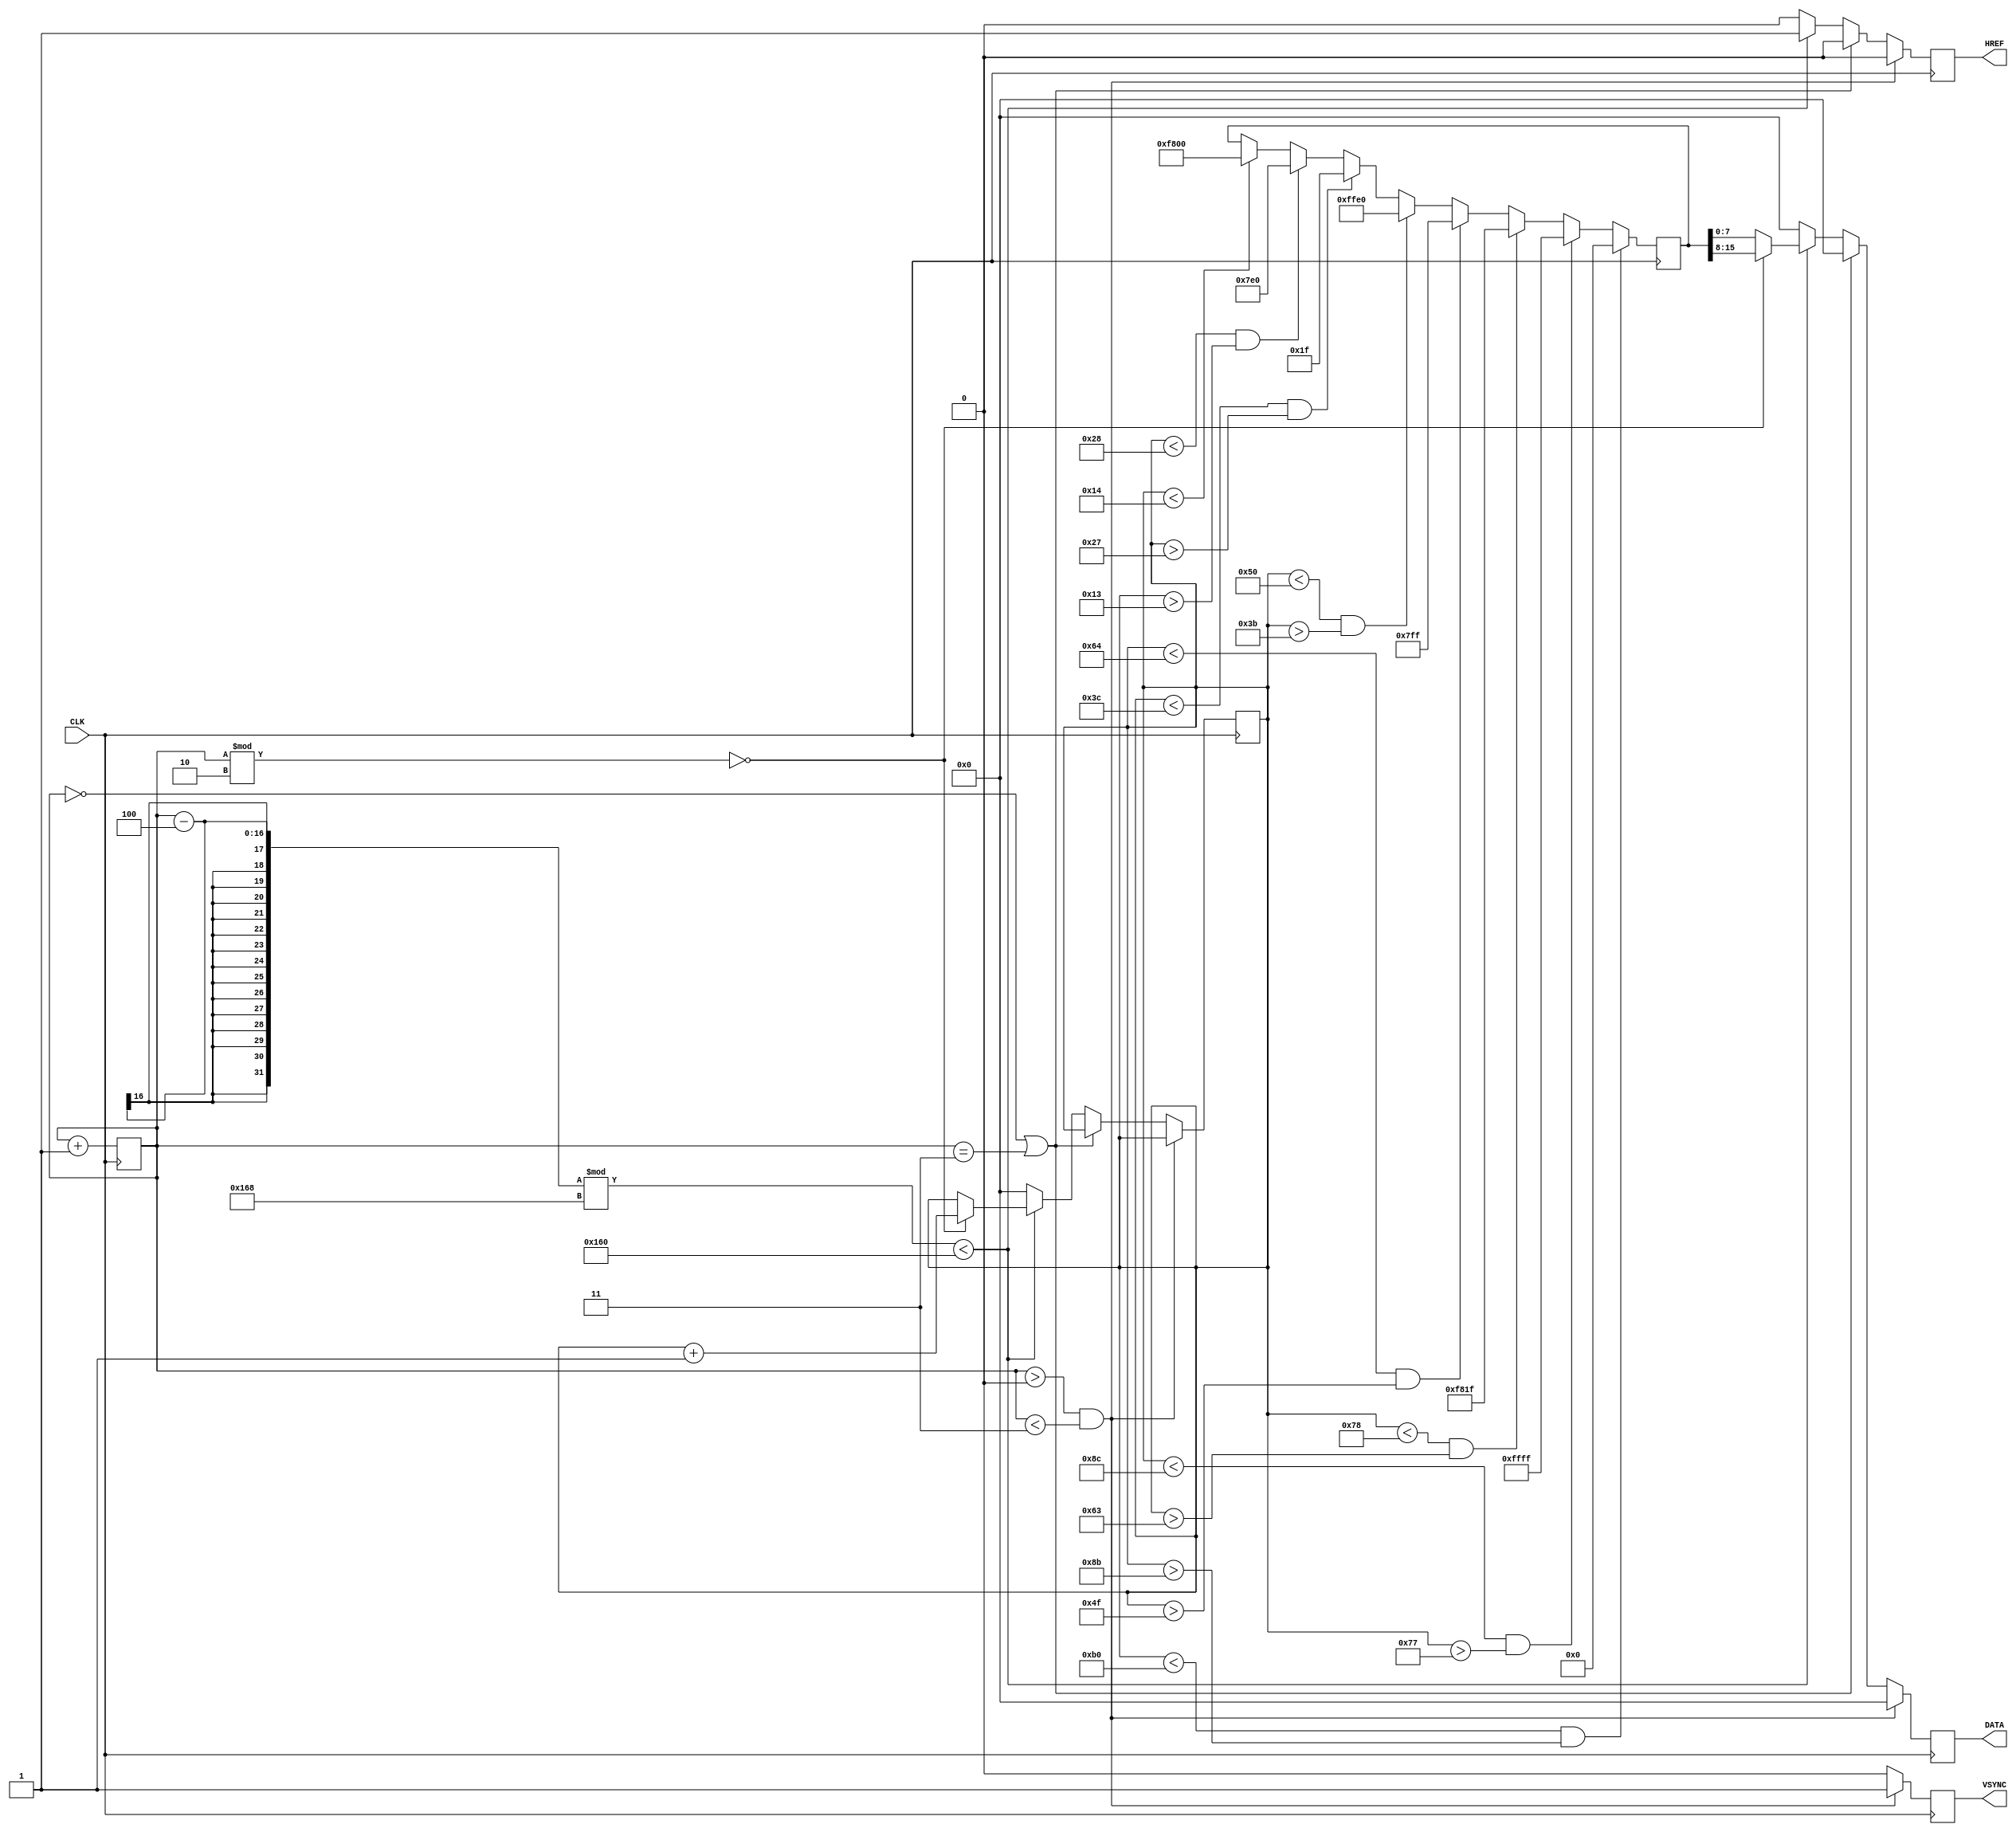
`define SCREEN_WIDTH 176
`define SCREEN_HEIGHT 144
`define STRIDE 180
`define FRAME_LENGTH 800000 // 0 VSYNC low, 1-2 VSYNC high, 3 VSYNC low, then start at 4, each row with 176*2 valid data bytes while HREF high, then 8 cycles while HREF low

module SIMULATOR(
  CLK,
  VSYNC,
  HREF,
  DATA
);

input CLK;
output reg VSYNC;
output reg HREF;
output reg [7:0] DATA;

reg [15:0] counter = 0;

//Testing some patterns
wire [15:0] RED =    16'b1111100000000000;
wire [15:0] GREEN =  16'b0000011111100000;
wire [15:0] BLUE =   16'b0000000000011111;
wire [15:0] YELLOW = RED | GREEN;
wire [15:0] CYAN =   GREEN | BLUE;
wire [15:0] MAGENTA = RED | BLUE;
wire [15:0] WHITE = 16'b1111111111111111;
wire [15:0] BLACK = 0;
reg [15:0] COLOR;
reg [7:0] x = 0;
reg [7:0] y = 0;

always @ (negedge CLK) begin
  if (counter == `FRAME_LENGTH) begin
    // end of frame
    counter <= 0;
    HREF <= 0;
    VSYNC <= 0;
    DATA <= 0;
    //reset addr
	 x = 0;
    y = 0;
  end
  else begin
    if (counter > 0 && counter < 3) begin
      // VSYNC high at the beginning
      counter <= counter + 1;
      HREF <= 0;
      VSYNC <= 1;
      DATA <= 0;
    end
    else begin
      if (counter == 0 || counter == 3) begin
        // right before and after VSYNC high
        counter <= counter + 1;
        HREF <= 0;
        VSYNC <= 0;
        DATA <= 0;
      end
      else begin
        if (((counter-4) % (2*`STRIDE)) < 2*`SCREEN_WIDTH) begin
			 if (((counter-4) % (2*`STRIDE)) == 2*`SCREEN_WIDTH-1) begin
				y <= y + 1;
			 end
          if ((counter % 2) == 0) begin
            //part1
            counter <= counter + 1;
            HREF <= 1;
            VSYNC <= 0;
            //DATA <= 8'b11111111;
				//pattern writing (yellow cross)
				x <= x + 1;
				DATA = COLOR[15:8];
          end
          else begin
            //part2
            counter <= counter + 1;
            HREF <= 1;
            VSYNC <= 0;
            //DATA <= 8'b11100000;
				DATA = COLOR[7:0];
          end
        end
        else begin
			 // in between rows
		    counter <= counter + 1;
			 HREF <= 0;
			 VSYNC <= 0;
			 DATA <= 0;
			 //reset pattern
			 x <= 0;
        end
      end
    end
  end
end

//draw patterns here
always @ (negedge CLK) begin

//	if ( ((x-88)**2+(y-72)**2)<2500 ) begin
//		COLOR <= YELLOW;
//	end
//	else begin
//		COLOR <= CYAN;
//	end

  if (x < 20)
  begin
    COLOR <= RED;
  end
  if (x < 40 && x > 19)
  begin
    COLOR <= GREEN;
  end
  if (x < 60 && x > 39)
  begin
    COLOR <= BLUE;
  end
  if (x < 80 && x > 59)
  begin
    COLOR <= YELLOW;
  end
  if (x < 100 && x > 79)
  begin
    COLOR <= CYAN;
  end
  if (x < 120 && x > 99)
  begin
    COLOR <= MAGENTA;
  end
  if (x < 140 && x > 119)
  begin
    COLOR <= WHITE;
  end
  if (x < 176 && x > 139)
  begin
    COLOR <= BLACK;
  end

end

endmodule